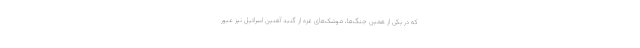
که در یکی از همین جنگ‌ها، موشک‌های غزه از گنبد آهنین اسرائیل نیز عبور